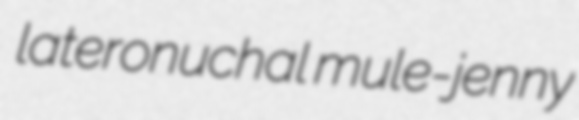
lateronuchal mule-jenny